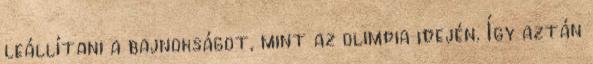
leállítani a bajnokságot, mint az olimpia idején. Így aztán